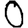
Digit: 0